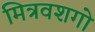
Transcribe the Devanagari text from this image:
मित्रवशगो